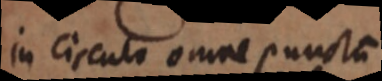
in circulo omne puncta